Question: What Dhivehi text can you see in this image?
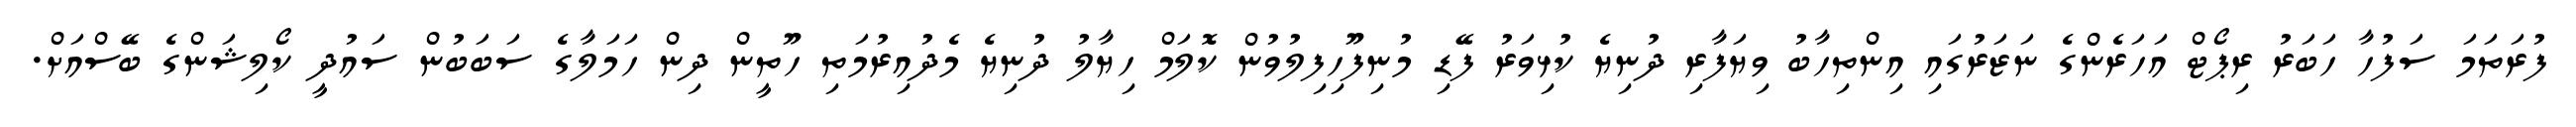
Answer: ފުރަތަމަ ސަފުހާ ހަބަރު ރިޕޯޓް އަހަރެންގެ ނަޒަރުގައި އިންތިހާބު ވިޔަފާރި ދުނިޔެ ކުޅިވަރު ފޭޑި މުނިފޫހިފިލުވުން ކޮލަމް ހިޔާލު ދުނިޔެ މެދުއިރުމަތި ހޫތީން ދިން ހަމަލާގެ ސަބަބުން ސައުދީ ކޯލިޝަންގެ ބޭސްއަށް.